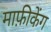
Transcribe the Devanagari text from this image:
माफ़ीकेंग